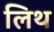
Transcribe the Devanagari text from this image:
लिथ